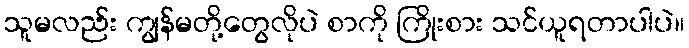
သူမလည်း ကျွန်မတို့တွေလိုပဲ စာကို ကြိုးစား သင်ယူရတာပါပဲ။